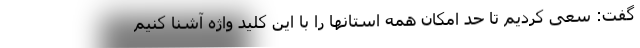
گفت: سعی کردیم تا حد امکان همه استانها را با این کلید واژه آشنا کنیم